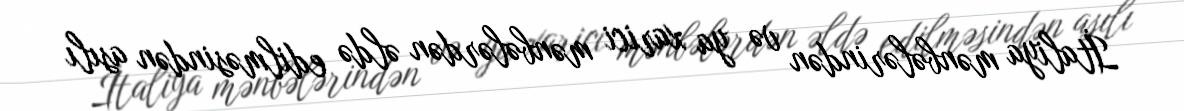
İtaliya mənbələrindən və ya xarici mənbələrdən əldə edilməsindən asılı